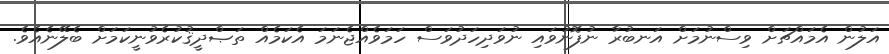
އަލުން އެމައްޗަށް ވިސްނުމަށް އަނބުރާ ނުފޮނުވައި ނުވަދިހަދުވަސް ހަމަވެއްޖެނަމަ އެކަމެއް ތަޞްދީޤުކުރެވުނީކަމަށް ބެލޭނެއެވެ.